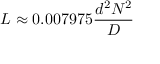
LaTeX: L \approx 0 . 0 0 7 9 7 5 { \frac { d ^ { 2 } N ^ { 2 } } { D } }